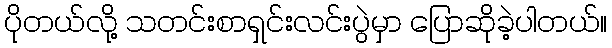
ပိုတယ်လို့ သတင်းစာရှင်းလင်းပွဲမှာ ပြောဆိုခဲ့ပါတယ်။